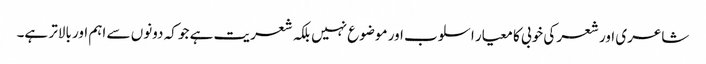
شاعری اور شعر کی خوبی کا معیار اسلوب اور موضوع نہیں بلکہ شعریت ہے جو کہ دونوں سے اہم اور بالاتر ہے۔